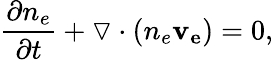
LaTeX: \frac{\partial n_{e}}{\partial t}+\triangledown\cdot(n_{e}\mathbf{v_{e}})=0,